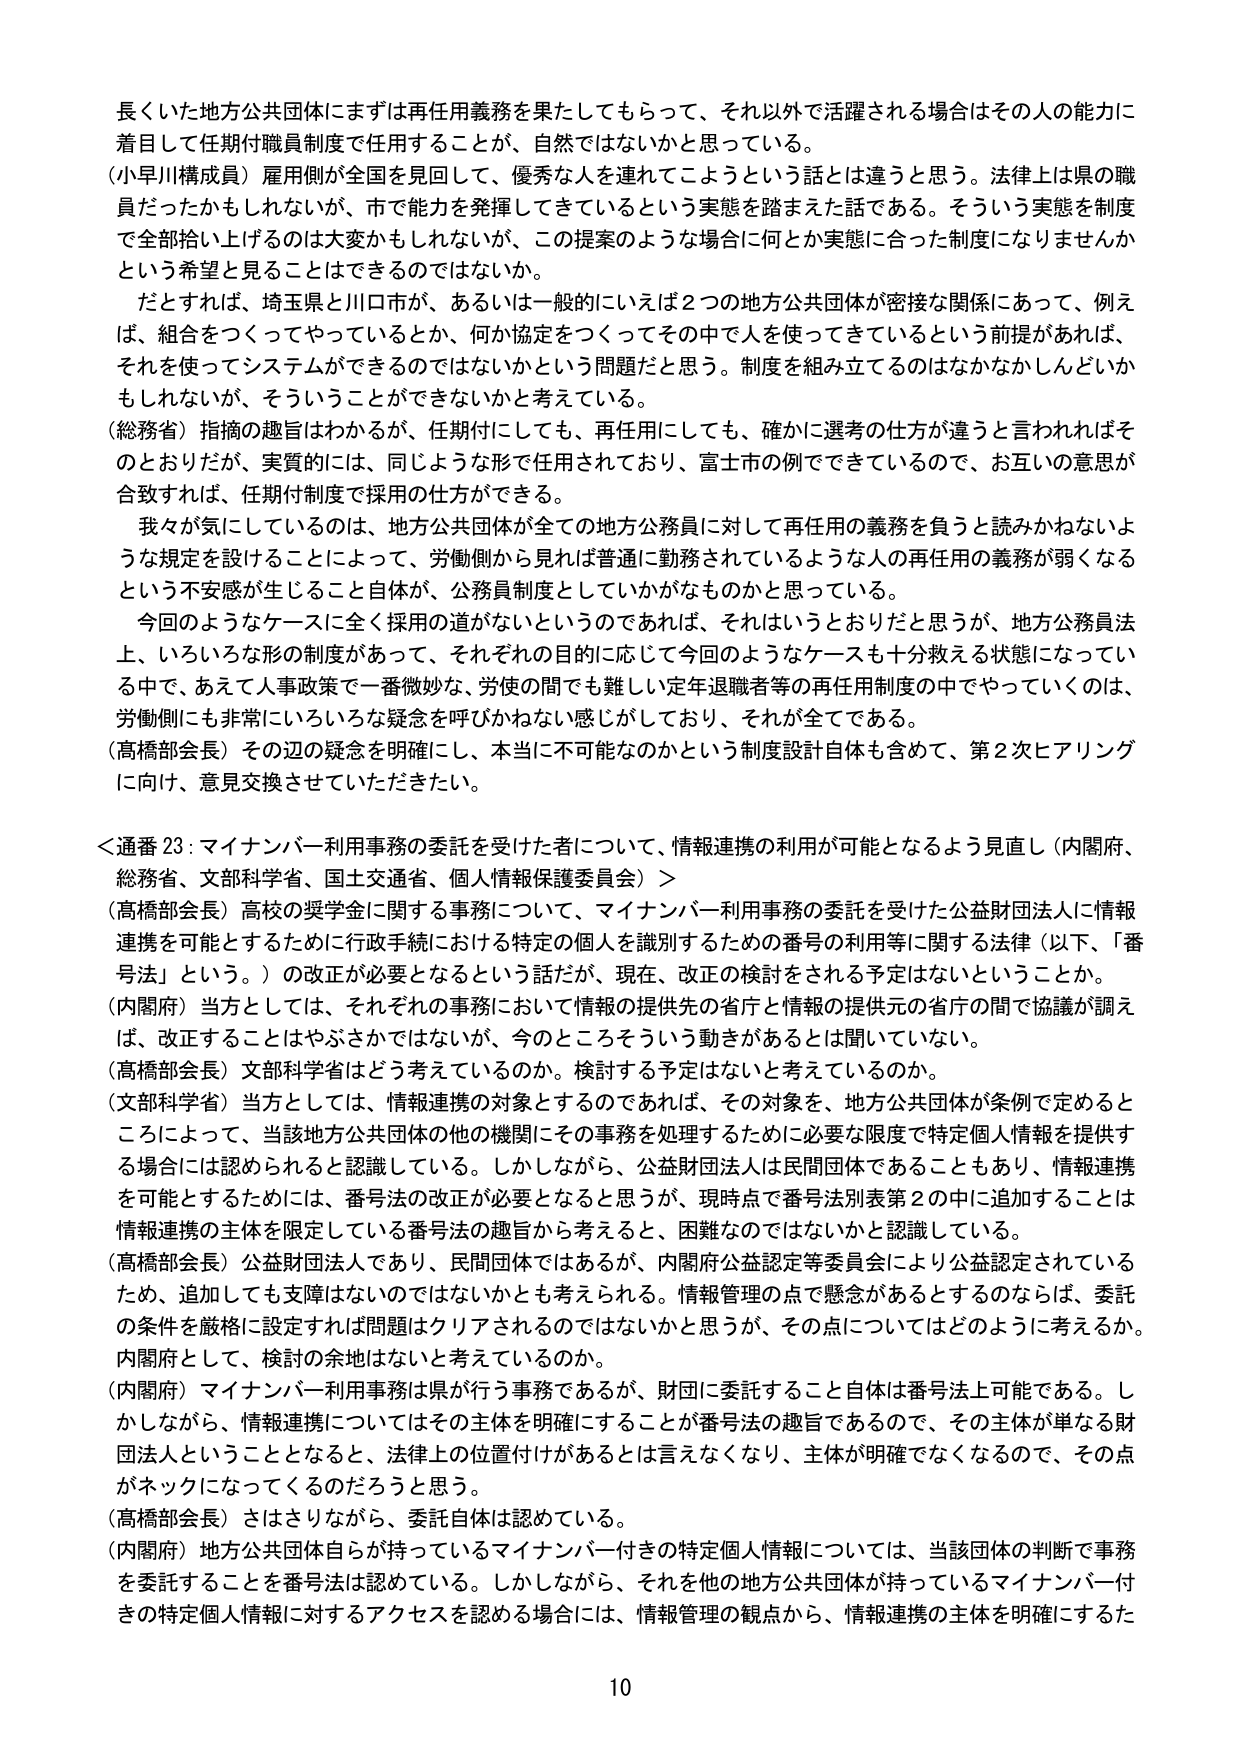
長くいた地方公共団体にまずは再任用義務を果たしてもらって、それ以外で活躍される場合はその人の能力に着目して任期付職員制度で任用することが、自然ではないかと思っている。

（小早川構成員）雇用側が全国を見回して、優秀な人を連れてこようという話とは違うと思う。法律上は県の職員だったかもしれないが、市で能力を発揮してきているという実態を踏まえた話である。そういう実態を制度で全部拾い上げるのは大変かもしれないが、この提案のような場合に何か実態に合った制度になりませんかという希望と見ることはできるのではないかな。

　だとすれば、埼玉県と川口市が、あるいは一般的にいえば２つの地方公共団体が密接な関係にあって、例えば、組合をつくってやっているとか、何か協定をつくってその中で人を使ってきているという前提があれば、それを使ってシステムができるのではないかという問題だと思う。制度を組み立てるのはなかなかしんどいかもしれないが、そういうことができないかと考えている。

（総務省）指摘の趣旨はわかるが、任期付にしても、再任用にしても、確かに選考の仕方が違うと言われればそのとおりだが、実質的には、同じような形で任用されており、富士市の例でできているので、お互いの意思が合致すれば、任期付制度で採用の仕方ができる。

　我々が気にしているのは、地方公共団体が全ての地方公務員に対して再任用の義務を負うと読みかねないような規定を設けることによって、労働側から見れば普通に勤務されているような人の再任用の義務が弱くなるという不安感が生じること自体が、公務員制度としていかがなものかと思っている。

　今回のようなケースに全く採用の道がないというのであれば、それはいうとおりだと思うが、地方公務員法上、いろいろな形の制度があって、それぞれの目的に応じて今回のようなケースも十分救える状態になっている中で、あえて人事政策で一番微妙な、労使の間でも難しい定年退職者等の再任用制度の中でやっていくのは、労働側にも非常にいろいろな疑念を呼びかねない感じがしており、それが全てである。

（高橋部会長）その辺の疑念を明確にし、本当に不可能なのかという制度設計自体も含めて、第２次ヒアリングに向け、意見交換させていただきたい。

＜通番23：マイナンバー利用事務の委託を受けた者について、情報連携の利用が可能となるよう見直し（内閣府、総務省、文部科学省、国土交通省、個人情報保護委員会）＞

（高橋部会長）高校の奨学金に関する事務について、マイナンバー利用事務の委託を受けた公益財団法人に情報連携を可能とするために行政手続における特定の個人を識別するための番号の利用等に関する法律（以下、「番号法」という。）の改正が必要となるという話だが、現在、改正の検討をされる予定はないということか。

（内閣府）当方としては、それぞれの事務において情報の提供先の省庁と情報の提供元の省庁の間で協議が調えば、改正することはやぶさかではないが、今のところそういう動きがあるとは聞いていない。

（高橋部会長）文部科学省はどう考えているのか。検討する予定はないと考えているのか。

（文部科学省）当方としては、情報連携の対象とするのであれば、その対象を、地方公共団体が条例で定めるところによって、当該地方公共団体の他の機関にその事務を処理するために必要な限度で特定個人情報を提供する場合には認められると認識している。しかしながら、公益財団法人は民間団体であることもあり、情報連携を可能とするためには、番号法の改正が必要となると思うが、現時点で番号法別表第２の中に追加することは情報連携の主体を限定している番号法の趣旨から考えると、困難なのではないかと認識している。

（高橋部会長）公益財団法人であり、民間団体ではあるが、内閣府公益認定等委員会により公益認定されているため、追加しても支障はないのではないかとも考えられる。情報管理の点で懸念があるとするのならば、委託の条件を厳格に設定すれば問題はクリアされるのではないかと思うが、その点についてはどのように考えるか。内閣府として、検討の余地はないと考えているのか。

（内閣府）マイナンバー利用事務は県が行う事務であるが、財団に委託すること自体は番号法上可能である。しかしながら、情報連携についてはその主体を明確にすることが番号法の趣旨であるので、その主体が単なる財団法人ということになると、法律上の位置付けがあるとは言えなくなり、主体が明確でなくなるので、その点がネックになってくるのだろうと思う。

（高橋部会長）さはさりながら、委託自体は認めている。

（内閣府）地方公共団体自らが持っているマイナンバー付きの特定個人情報については、当該団体の判断で事務を委託することを番号法は認めている。しかしながら、それを他の地方公共団体が持っているマイナンバー付きの特定個人情報に対するアクセスを認める場合には、情報管理の観点から、情報連携の主体を明確にするた

10